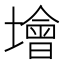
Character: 𡑭